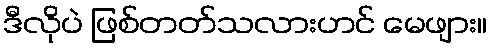
ဒီလိုပဲ ဖြစ်တတ်သလားဟင် မေဖျား။